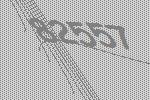
82557